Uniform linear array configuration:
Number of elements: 48
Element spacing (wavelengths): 0.5
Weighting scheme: blackman
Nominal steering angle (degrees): -30
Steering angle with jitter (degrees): -31.94
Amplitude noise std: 0.05
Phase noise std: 0.05

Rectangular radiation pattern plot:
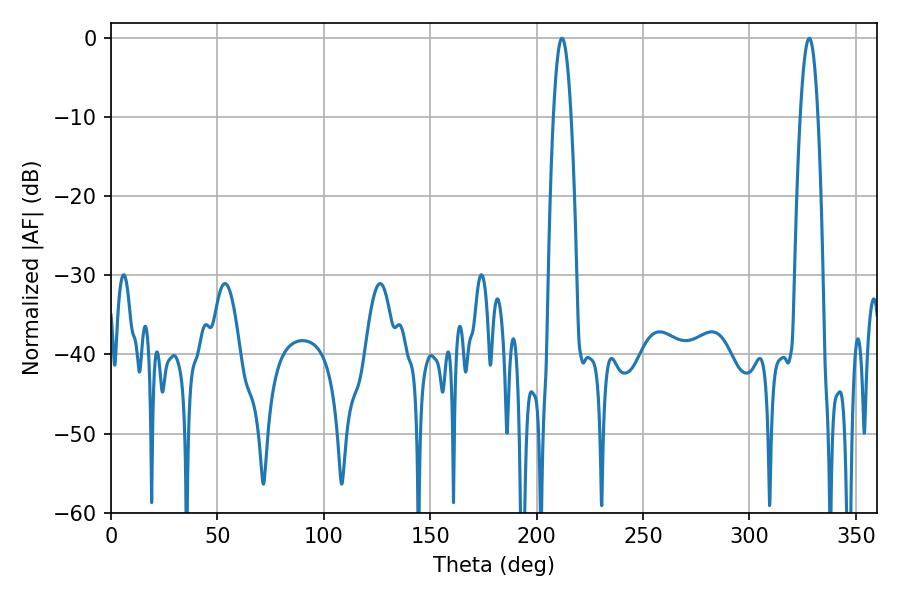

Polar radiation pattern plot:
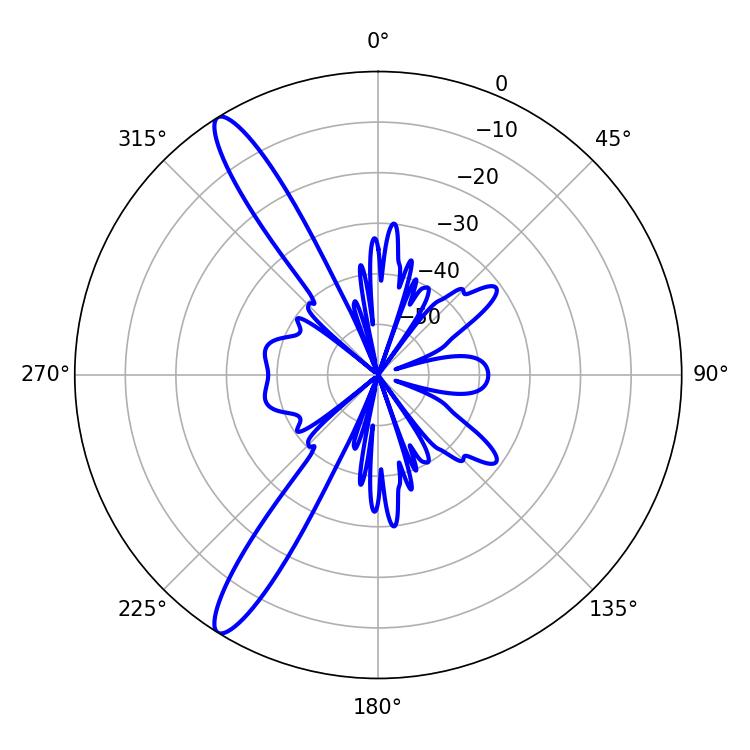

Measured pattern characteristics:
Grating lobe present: FALSE
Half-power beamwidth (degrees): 4.5
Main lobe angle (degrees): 211.86